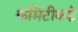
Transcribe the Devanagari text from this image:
कमिटीकडे